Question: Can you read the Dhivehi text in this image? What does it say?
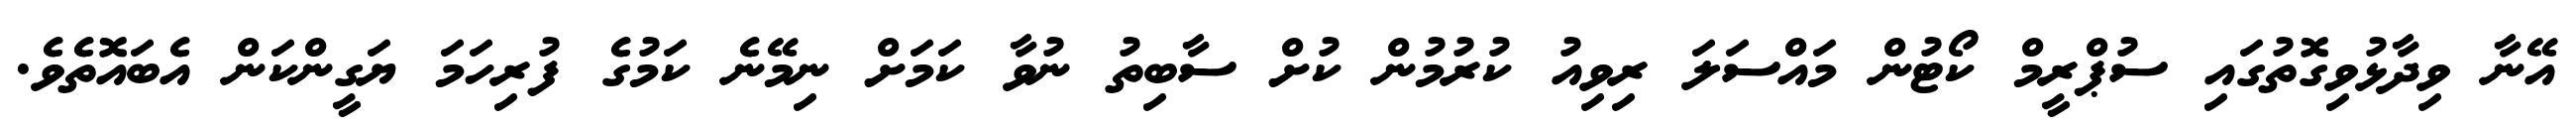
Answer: އޭނާ ވިދާޅުވިގޮތުގައި ސުޕްރީމް ކޯޓުން މައްސަލަ ރިވިއު ކުރުމުން ކުށް ސާބިތު ނުވާ ކަމަށް ނިމޭނެ ކަމުގެ ފުރިހަމަ ޔަގީންކަން އެބައޮތެވެ.